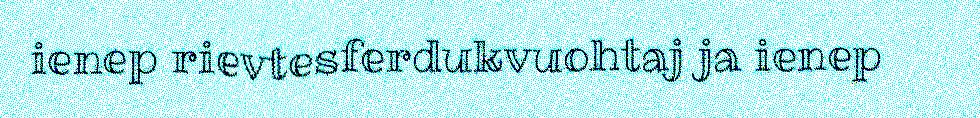
ienep rievtesferdukvuohtaj ja ienep